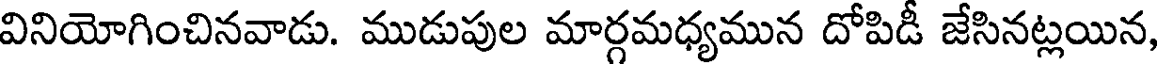
వినియోగించినవాడు. ముడుపుల మార్గమధ్యమున దోపిడీ జేసినట్లయిన